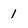
Character: 1